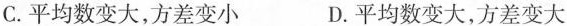
C. 平均数变大，方差变小 D. 平均数变大，方差变大